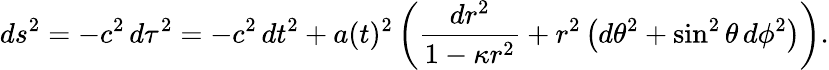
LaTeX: ds^{2}=-c^{2}\, d\tau^{2}=-c^{2}\, dt^{2}+a(t)^{2}\left({\frac{dr^{2}}{1-\kappa r^{2}}}+r^{2}\left(d\theta^{2}+\sin^{2}\theta\, d\phi^{2}\right)\right).